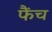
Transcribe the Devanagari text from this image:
फैंच